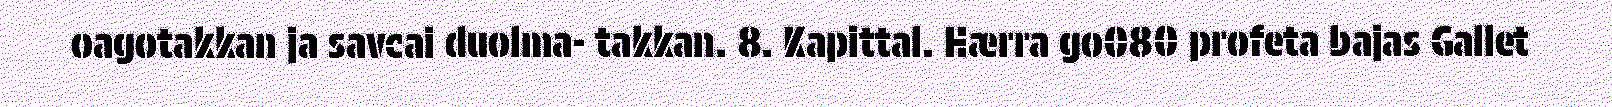
oagotakkan ja savcai duolma- takkan. 8. Kapittal. Hærra go080 profeta bajas Gallet